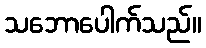
သဘောပေါက်သည်။